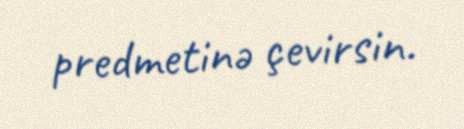
predmetinə çevirsin.